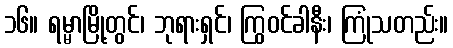
၁၆။ ရမ္မာမြို့တွင်၊ ဘုရားရှင်၊ ကြွဝင်ခါနီး၊ ကြုံသတည်း။